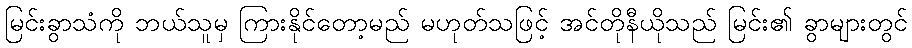
မြင်းခွာသံကို ဘယ်သူမှ ကြားနိုင်တော့မည် မဟုတ်သဖြင့် အင်တိုနီယိုသည် မြင်း၏ ခွာများတွင်